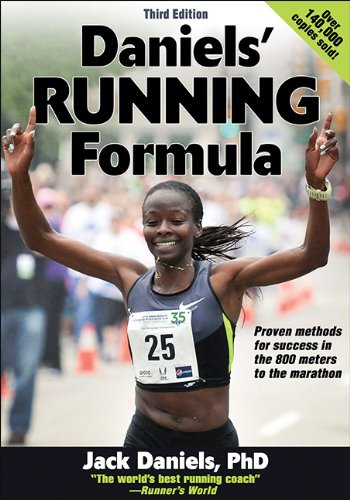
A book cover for Daniels' Running Formula-3rd Edition; Jack Daniels; Health, Fitness & Dieting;